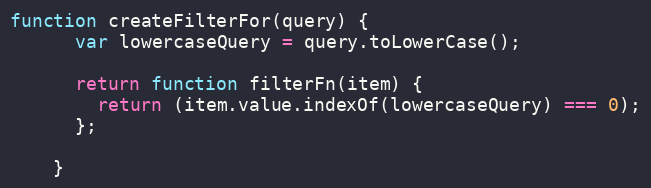
Language: JavaScript
function createFilterFor(query) {
      var lowercaseQuery = query.toLowerCase();

      return function filterFn(item) {
        return (item.value.indexOf(lowercaseQuery) === 0);
      };

    }